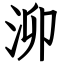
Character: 泖